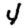
Digit: 4